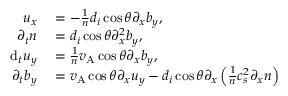
\begin{array} { r l } { u _ { x } } & { { } = - \frac { 1 } { n } d _ { i } \cos \theta \partial _ { x } b _ { y } , } \\ { \partial _ { t } n } & { { } = d _ { i } \cos \theta \partial _ { x } ^ { 2 } b _ { y } , } \\ { \mathrm { d } _ { t } u _ { y } } & { { } = \frac { 1 } { n } v _ { \mathrm { A } } \cos \theta \partial _ { x } b _ { y } , } \\ { \partial _ { t } b _ { y } } & { { } = v _ { \mathrm { A } } \cos \theta \partial _ { x } u _ { y } - d _ { i } \cos \theta \partial _ { x } \left( \frac { 1 } { n } c _ { s } ^ { 2 } \partial _ { x } n \right) } \end{array}